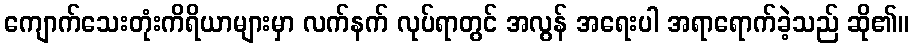
ကျောက်သေးတုံးကိရိယာများမှာ လက်နက် လုပ်ရာတွင် အလွန် အရေးပါ အရာရောက်ခဲ့သည် ဆို၏။